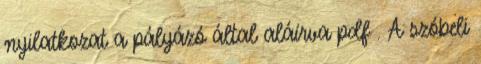
nyilatkozat a pályázó által aláírva pdf . A szóbeli